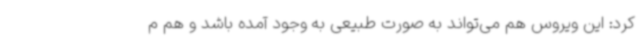
کرد: این ویروس هم می‌تواند به صورت طبیعی به وجود آمده باشد و هم م